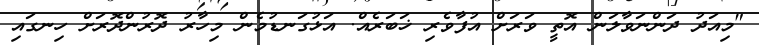
"މިއަދު ދަންނަވާލަން އޮތީ ވަރަށް އުފާވެރި ޚަބަރެއް. އަޅުގަނޑުމެން މިހާރު ދޮރުންދޮރަށް ހިނގައި